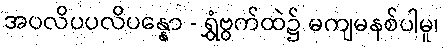
အပလိပပလိပန္နော - ရွှံဗွက်ထဲ၌ မကျမနစ်ပါမူ၊